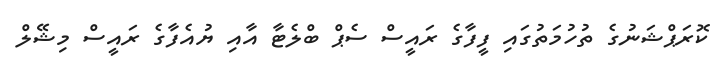
ކޮރަޕްޝަނުގެ ތުހުމަތުގައި ފީފާގެ ރައީސް ސެޕް ބްލެޓާ އާއި ޔުއެފާގެ ރައީސް މިޝޭލް